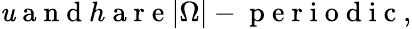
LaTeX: \mathit{u}\mathrm{{~a~n~d~}}h\mathrm{{~a~r~e~}}|\Omega|-\mathrm{{~p~e~r~i~o~d~i~c~}},